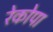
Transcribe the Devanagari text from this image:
रेकोपा